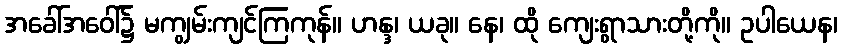
အခေါ်အဝေါ်၌ မကျွမ်းကျင်ကြကုန်။ ဟန္ဒ၊ ယခု။ နေ၊ ထို ကျေးရွာသားတို့ကို။ ဥပါယေန၊